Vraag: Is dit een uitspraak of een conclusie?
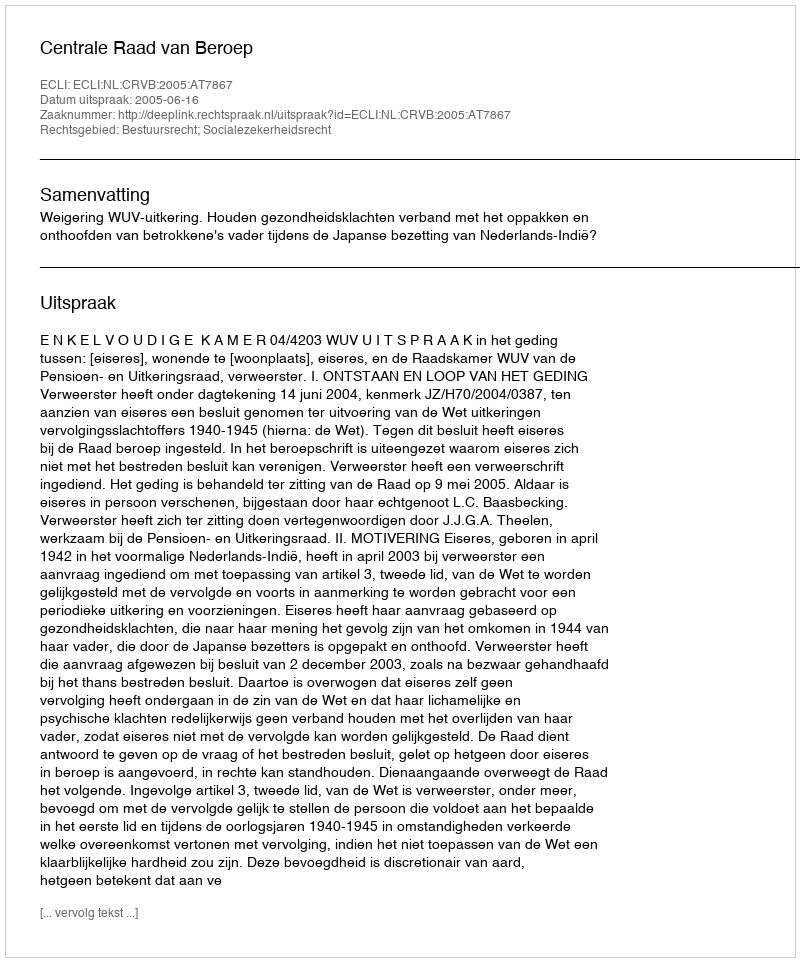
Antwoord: Uitspraak